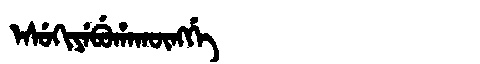
Manchu: ᡝᠰᡠᡴᡳᠶᡝᠪᡠᡥᠠᡴᡡᠩᡤᡝ
Romanization: ESUKIYEBUHAKŪNGGE